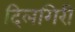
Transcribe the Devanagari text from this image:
दिलगिरी